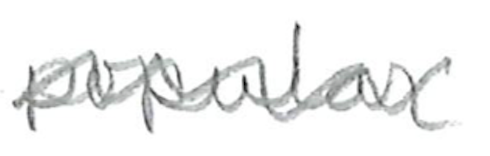
Text: popular
Cross-out: wave
Writing tool: pencil